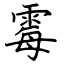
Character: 霉